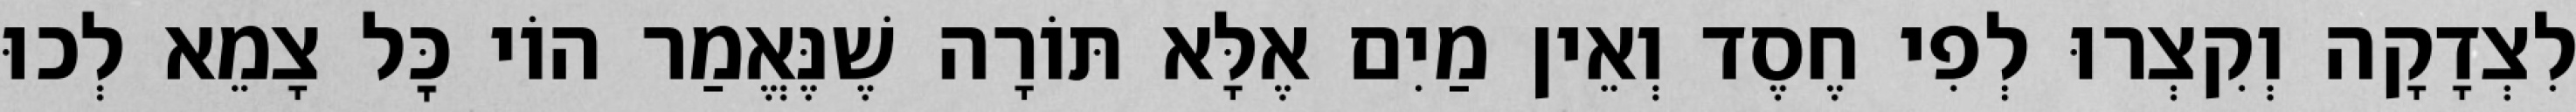
לִצְדָקָה וְקִצְרוּ לְפִי חֶסֶד וְאֵין מַיִם אֶלָּא תּוֹרָה שֶׁנֶּאֱמַר הוֹי כׇּל צָמֵא לְכוּ